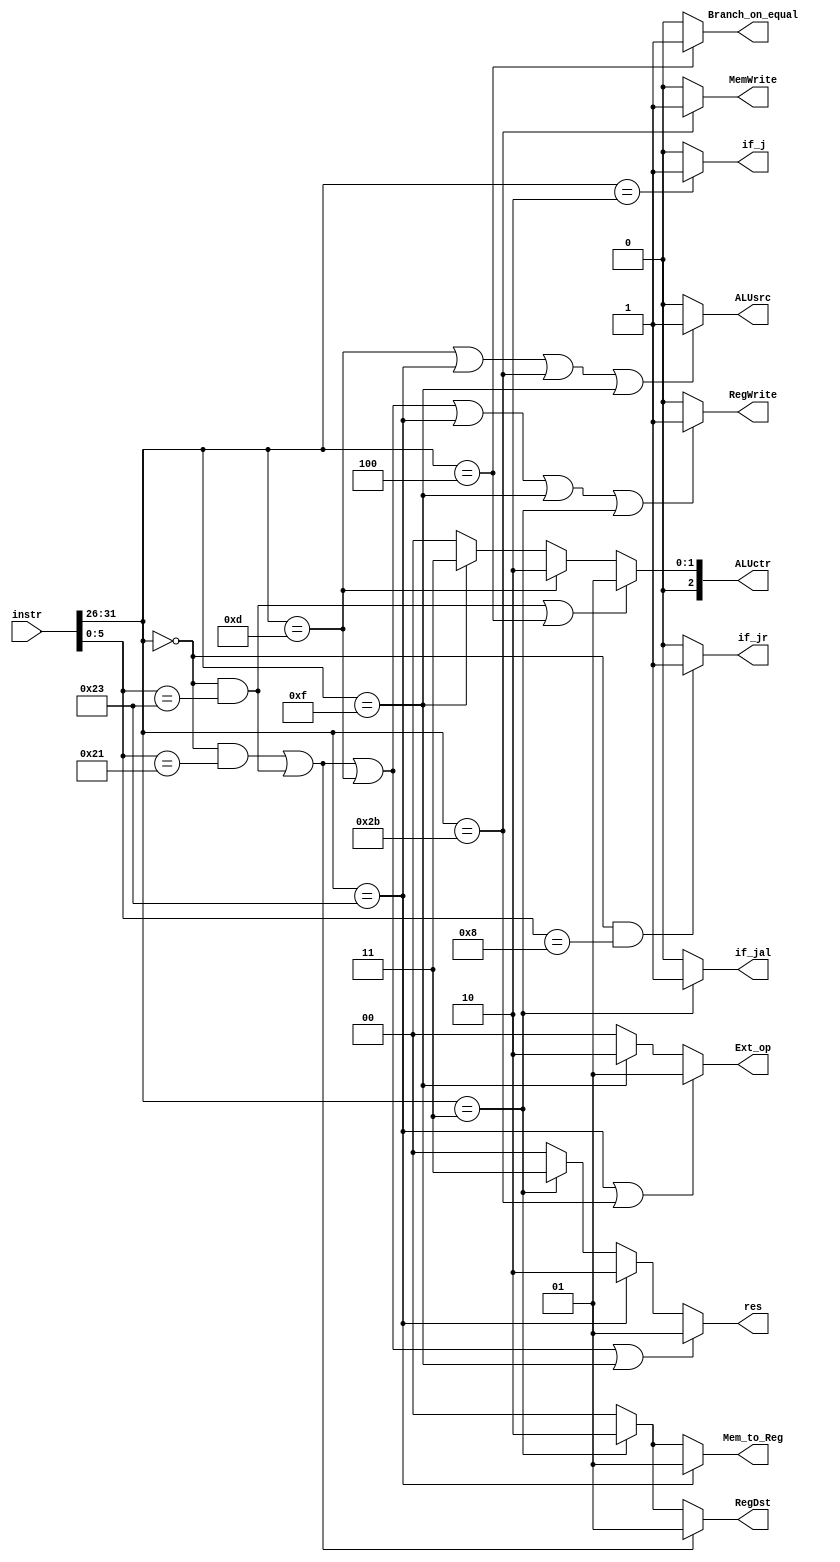
`timescale 1ns / 1ps
//////////////////////////////////////////////////////////////////////////////////
// Company: 
// Engineer: 
// 
// Design Name: 
// Module Name:    control 
// Project Name: 
// Target Devices: 
// Tool versions: 
// Description: 
//
// Dependencies: 
//
// Revision: 
// Revision 0.01 - File Created
// Additional Comments: 
//
//////////////////////////////////////////////////////////////////////////////////
`define Opcode	instr[31:26]
`define Funct	instr[5:0]
`define R 		(`Opcode == 6'b000000)  // calculation type instr
`define addu	(`R & (`Funct == 6'b100001))
`define subu	(`R & (`Funct == 6'b100011))
`define ori     (`Opcode == 6'b001101)
`define lw      (`Opcode == 6'b100011)
`define sw      (`Opcode == 6'b101011)
`define beq     (`Opcode == 6'b000100)
`define lui     (`Opcode == 6'b001111)
`define j	    (`Opcode == 6'b000010)
`define jal     (`Opcode == 6'b000011)
`define jr      (`R & (`Funct == 6'b001000))

`define ALU 2'b01
`define DM  2'b10
`define PC  2'b11
`define NW  2'b00
module control(
    input [31:0] instr,
    
	output RegWrite,   // W need
    output [1:0] Mem_to_Reg,// W need
    output MemWrite,    // M need
    output [2:0] ALUctr, // E need 
    output ALUsrc,      // E need, 1bit 
	 
	output if_j,
	output if_jal,
	output if_jr,
    output [1:0] RegDst,  // E need
    output [1:0] Ext_op,  // D need
    output Branch_on_equal,// D need
	 output [1:0] res
    );

	assign RegDst = (`addu || `subu ) ? 1:
                    (`jal ) ? 2 : 0; 
    assign Ext_op = (`lw || `sw) ? 1 :  // sign_ext
                    (`lui )? 2 : 0;  // to high 
    assign Branch_on_equal = (`beq )? 1: 0;
	 
	 
	 assign ALUsrc = (`ori || `lw || `sw || `lui )? 1:0;
	
	 assign ALUctr = (`subu || `beq )? 1:  //sub
					     (`ori )? 2:           //or
					     (`lui )? 3: 0;   // 3 remain itself, like lui, immediate was to high at the extender 
					  // actually I think lui use add is ok, cuz rs is always 00000
					  
	 assign MemWrite = (`sw )? 1:0;
	 
	 assign RegWrite = (`addu || `subu || `ori || `lw || `lui || `jal ) ? 1 : 0;
	 assign Mem_to_Reg = (`lw )? 1 :    // mem from DM 
					         (`jal)? 2 : 0; // 2-> PC + 4? PC+ 8
	 

    assign if_j = `j ? 1:0;
    assign if_jal = `jal ? 1:0;
    assign if_jr = `jr ? 1:0;
	 
	 assign res = (`addu || `subu || `ori || `lui ) ? `ALU : 
						(`lw ) ? `DM :
						( `jal )? `PC : `NW;
	 
endmodule